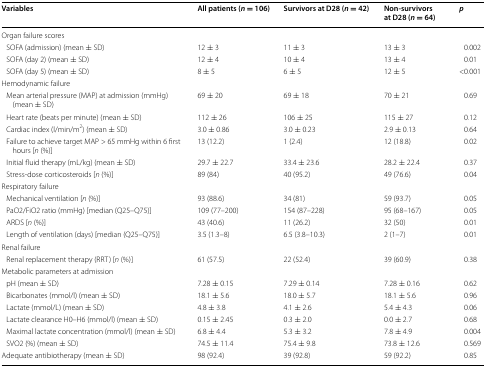
<table><thead><tr><td><b>Variables</b></td><td><b>All patients (<i>n</i> = 106)</b></td><td><b>Survivors at D28 (<i>n</i> = 42)</b></td><td><b>Non-survivors at D28 (<i>n</i> = 64)</b></td><td><b><i>p</i></b></td></tr></thead><tbody><tr><td>Organ failure scores</td><td></td><td></td><td></td><td></td></tr><tr><td> SOFA (admission) (mean ± SD)</td><td>12 ± 3</td><td>11 ± 3</td><td>13 ± 3</td><td>0.002</td></tr><tr><td> SOFA (day 2) (mean ± SD)</td><td>12 ± 4</td><td>10 ± 4</td><td>13 ± 4</td><td>0.01</td></tr><tr><td> SOFA (day 5) (mean ± SD)</td><td>8 ± 5</td><td>6 ± 5</td><td>12 ± 5</td><td>&lt;0.001</td></tr><tr><td>Hemodynamic failure</td><td></td><td></td><td></td><td></td></tr><tr><td> Mean arterial pressure (MAP) at admission (mmHg) (mean ± SD)</td><td>69 ± 20</td><td>69 ± 18</td><td>70 ± 21</td><td>0.69</td></tr><tr><td> Heart rate (beats per minute) (mean ± SD)</td><td>112 ± 26</td><td>106 ± 25</td><td>115 ± 27</td><td>0.12</td></tr><tr><td> Cardiac index (l/min/m<sup>2</sup>) (mean ± SD)</td><td>3.0 ± 0.86</td><td>3.0 ± 0.23</td><td>2.9 ± 0.13</td><td>0.64</td></tr><tr><td> Failure to achieve target MAP &gt; 65 mmHg within 6 first hours [<i>n</i> (%)]</td><td>13 (12.2)</td><td>1 (2.4)</td><td>12 (18.8)</td><td>0.02</td></tr><tr><td> Initial fluid therapy (mL/kg) (mean ± SD)</td><td>29.7 ± 22.7</td><td>33.4 ± 23.6</td><td>28.2 ± 22.4</td><td>0.37</td></tr><tr><td> Stress-dose corticosteroids [<i>n</i> (%)]</td><td>89 (84)</td><td>40 (95.2)</td><td>49 (76.6)</td><td>0.04</td></tr><tr><td>Respiratory failure</td><td></td><td></td><td></td><td></td></tr><tr><td> Mechanical ventilation [<i>n</i> (%)]</td><td>93 (88.6)</td><td>34 (81)</td><td>59 (93.7)</td><td>0.05</td></tr><tr><td> PaO2/FiO2 ratio (mmHg) [median (Q25–Q75)]</td><td>109 (77–200)</td><td>154 (87–228)</td><td>95 (68–167)</td><td>0.05</td></tr><tr><td> ARDS [<i>n</i> (%)]</td><td>43 (40.6)</td><td>11 (26.2)</td><td>32 (50)</td><td>0.01</td></tr><tr><td> Length of ventilation (days) [median (Q25–Q75)]</td><td>3.5 (1.3–8)</td><td>6.5 (3.8–10.3)</td><td>2 (1–7)</td><td>0.01</td></tr><tr><td>Renal failure</td><td></td><td></td><td></td><td></td></tr><tr><td> Renal replacement therapy (RRT) [<i>n</i> (%)]</td><td>61 (57.5)</td><td>22 (52.4)</td><td>39 (60.9)</td><td>0.38</td></tr><tr><td>Metabolic parameters at admission</td><td></td><td></td><td></td><td></td></tr><tr><td> pH (mean ± SD)</td><td>7.28 ± 0.15</td><td>7.29 ± 0.14</td><td>7.28 ± 0.16</td><td>0.62</td></tr><tr><td> Bicarbonates (mmol/l) (mean ± SD)</td><td>18.1 ± 5.6</td><td>18.0 ± 5.7</td><td>18.1 ± 5.6</td><td>0.96</td></tr><tr><td> Lactate (mmol/L) (mean ± SD)</td><td>4.8 ± 3.8</td><td>4.1 ± 2.6</td><td>5.4 ± 4.3</td><td>0.06</td></tr><tr><td> Lactate clearance H0–H6 (mmol/l) (mean ± SD)</td><td>0.15 ± 2.45</td><td>0.3 ± 2.0</td><td>0.0 ± 2.7</td><td>0.68</td></tr><tr><td> Maximal lactate concentration (mmol/l) (mean ± SD)</td><td>6.8 ± 4.4</td><td>5.3 ± 3.2</td><td>7.8 ± 4.9</td><td>0.004</td></tr><tr><td> SVO2 (%) (mean ± SD)</td><td>74.5 ± 11.4</td><td>75.4 ± 9.8</td><td>73.8 ± 12.6</td><td>0.569</td></tr><tr><td>Adequate antibiotherapy (mean ± SD)</td><td>98 (92.4)</td><td>39 (92.8)</td><td>59 (92.2)</td><td>0.85</td></tr></tbody></table>